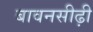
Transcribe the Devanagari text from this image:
बावनसीढ़ी